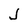
Character: J